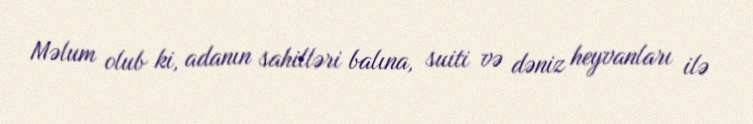
Məlum olub ki, adanın sahilləri balına, suiti və dəniz heyvanları ilə